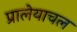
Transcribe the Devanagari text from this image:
प्रालेयाचल